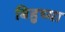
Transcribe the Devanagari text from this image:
बिहुच्या